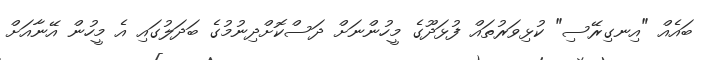
ބައެއް "އިނގިރޭސި" ކުޅިވަރުތައް ފުޅަދޫގެ މީހުންނަށް ދަސްކޮށްދިނުމުގެ ބަދަލުގައި އެ މީހުން އޭނާއަށް